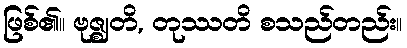
ဖြစ်၏။ ဗုဇ္ဈတိ, တုဿတိ စသည်တည်း။